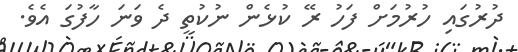
ދުރުގައި ހުރުމަށް ފަހު ރޭ ކުޅެން ނުކުތީ ދެ ވަނަ ހާފުގަ އެވެ.